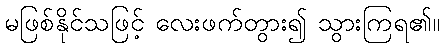
မဖြစ်နိုင်သဖြင့် လေးဖက်တွား၍ သွားကြရ၏။